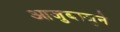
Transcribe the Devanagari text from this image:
आजुबाजुने